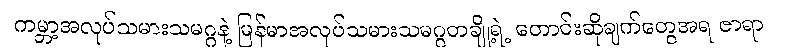
ကမ္ဘာ့အလုပ်သမားသမဂ္ဂနဲ့ မြန်မာအလုပ်သမားသမဂ္ဂတချို့ရဲ့ တောင်းဆိုချက်တွေအရ ဇာရာ